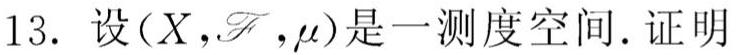
13. 设$(X,\mathscr{F},\mu)$是一测度空间. 证明